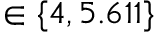
\in \{ 4 , 5 . 6 1 1 \}